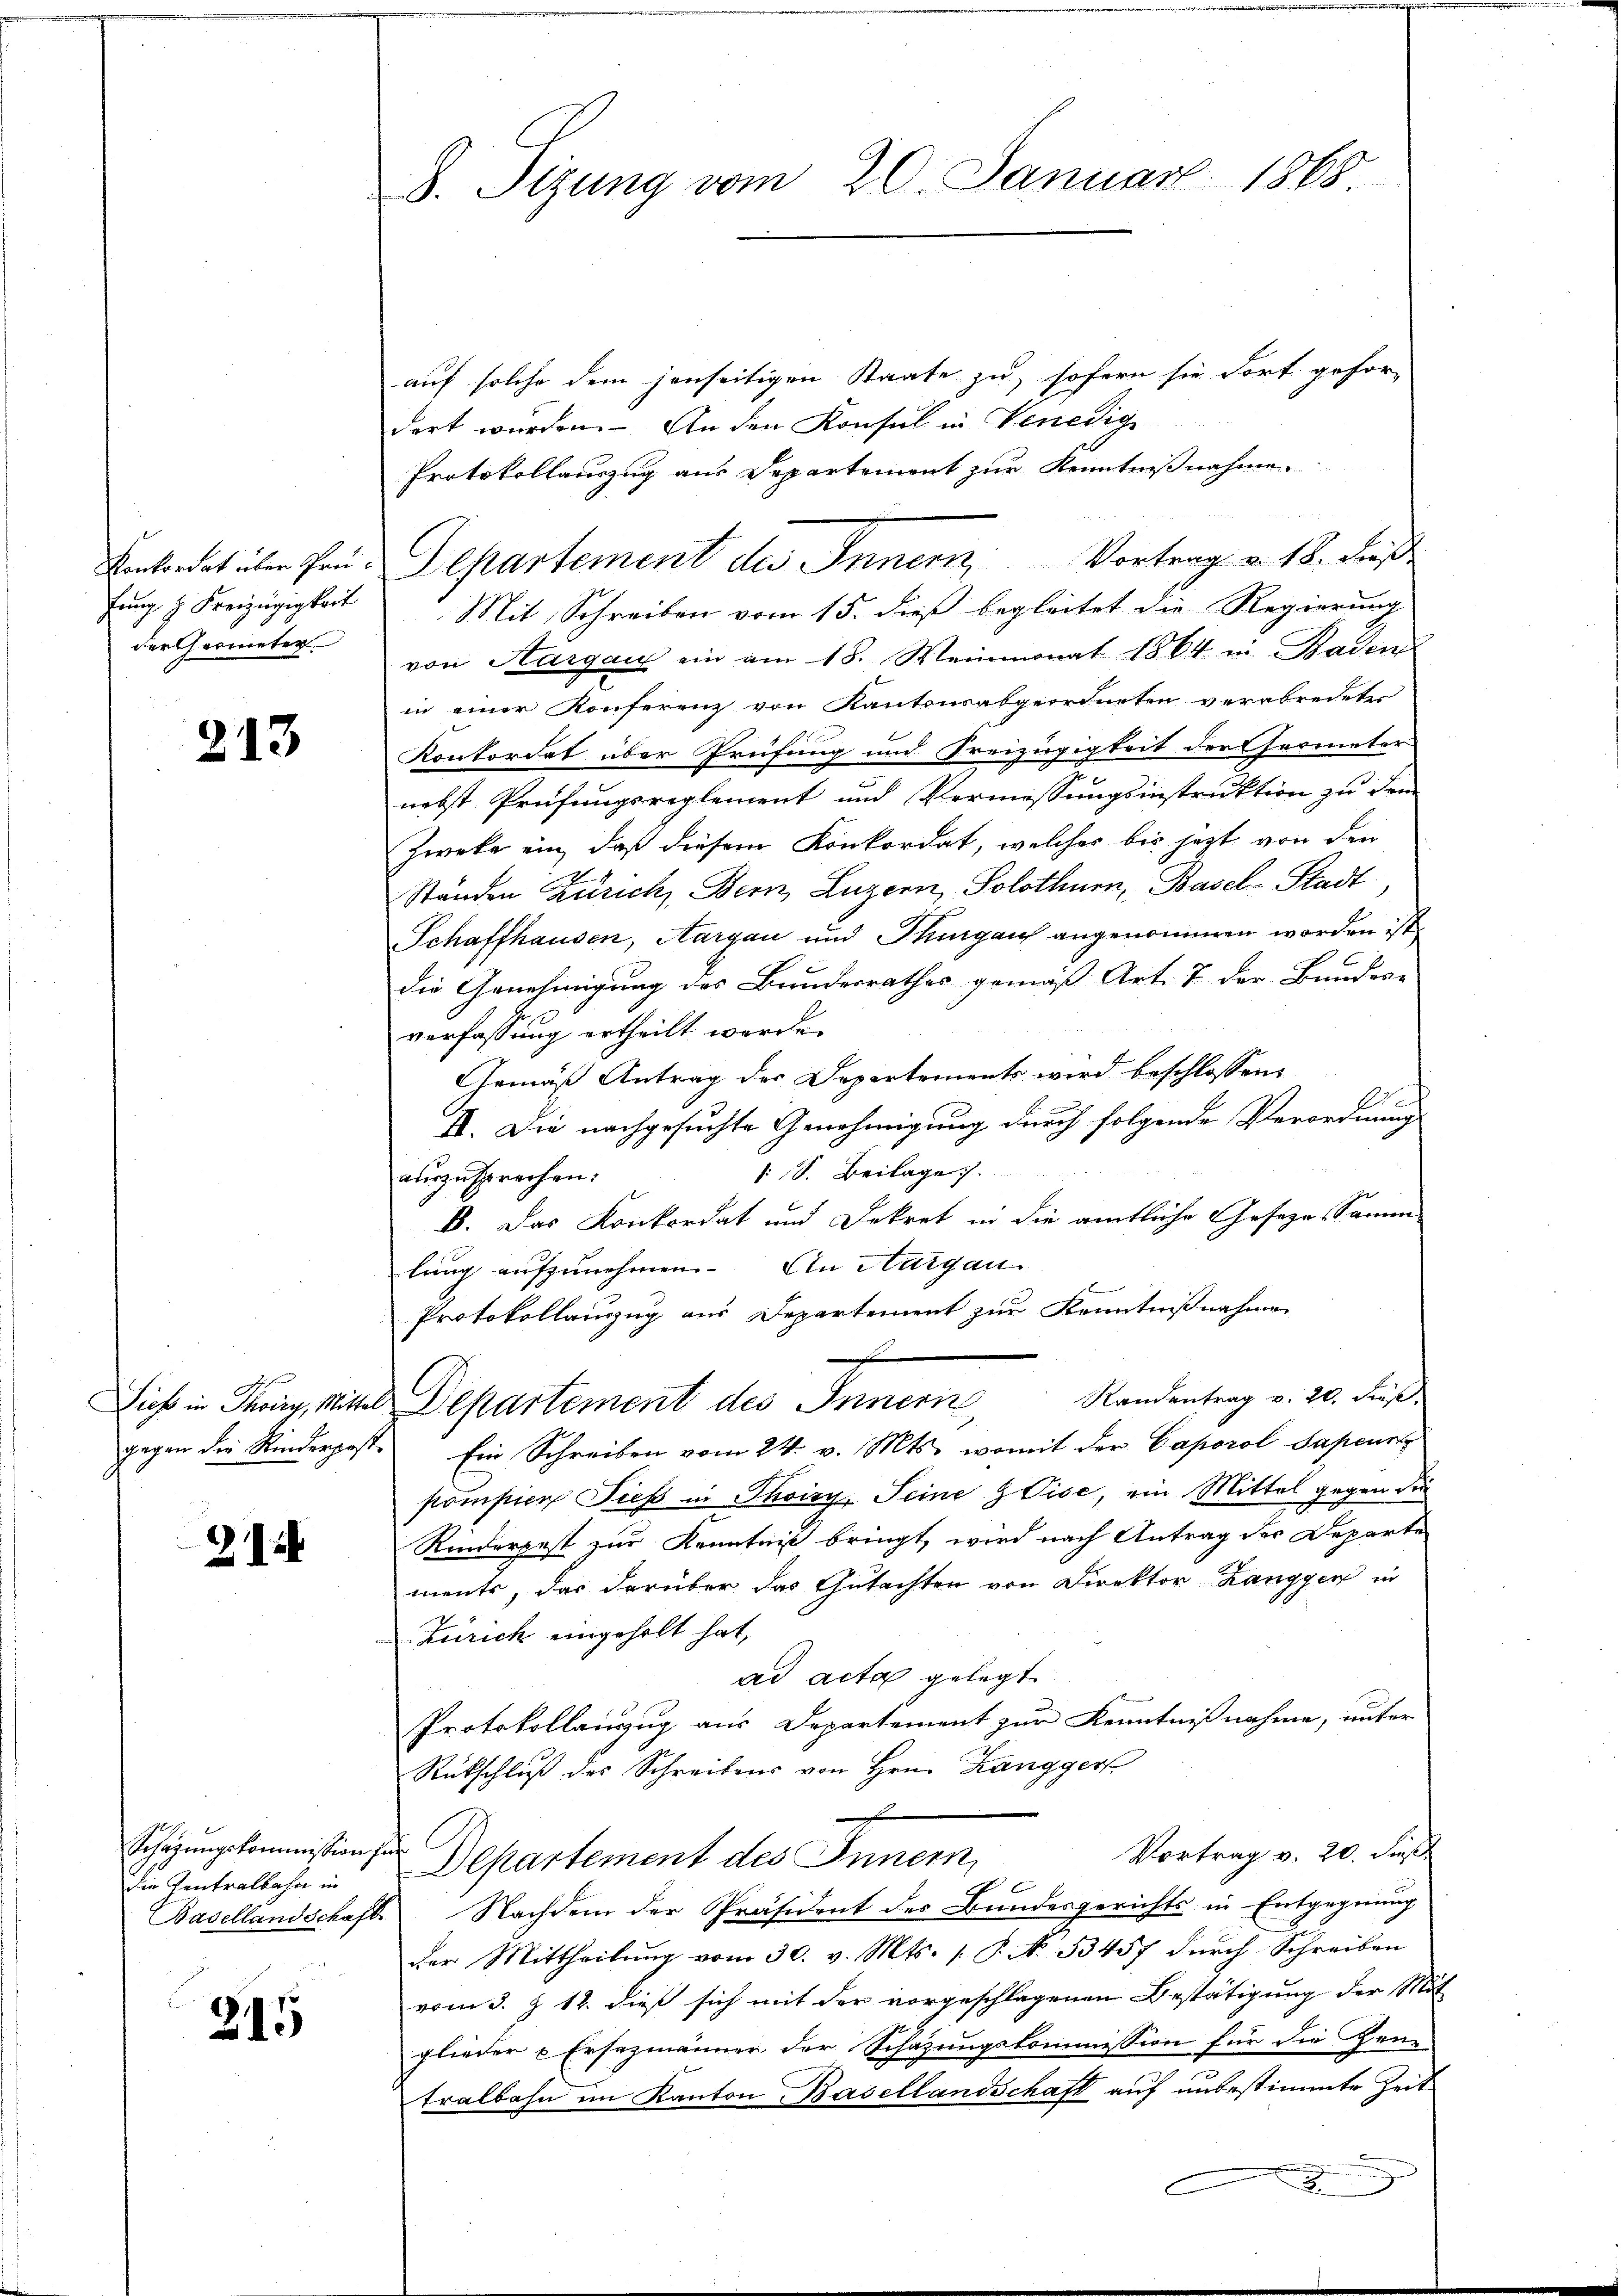
der Geometer

213

21

Schazungskommission zu
die Zentralbahn in

215

auf solche dem jenseitigen Staate zu, sofern sie dort gefor-
dert wurden. An den Konsul in Venedige
Protokollauszug aus Departement zur Kenntnißnahme
fŭng z. Freizügigkeit Mit Schreiben vom 15. dieß begleitet die Regierung
von Aargau ein am 18. Weinmonat 1864 in Baden
in einer Konferenz von Kantonsabgeordneten verabredeter
Konkordat über Prüfung und Freizügigkeit der Hermeter
nebst Prüfungsreglement und Vermessungsinstruktion zu dem
Zwecke ein, daß diesem Konkordat, welches bis jezt von den
Ständen Zürich, Bern, Luzern, Solothurn, Basel-Stadt
Schaffhausen, Aargau und Thurgauf angenommen worden ist,
die Genehmigung des Bundesrathes gemäß Art. 7 der Bundes-
verfassung ertheilt werde.
Gemäß Antrag der Departements wird beschlossen:
.
II. Die nachgesuchte Genehmigung durch folgende Verordnung
1 S. Beilage.
auszusprechen.
B. Das Konkordat und Dekret in die amtliche Gesezes-Samm-
lung aufzunehmen. An Margau.
Protokollanzug aus Departement zur Kenntnißnahmen
i
Randentrag v. 20. dieß.
Dieß in Thoris, Mittel Departement des Innern
gegen die Kinderpost. Ein Schreiben vom 24. v. Mts., womit der Caporol Sapeurt
pompier dieß in Thoiry Seine Vise, ein Mittel gegen die
Rinderpost zur Kenntniß bringt, wird nach Antrag der Departe
ments, das darüber das Gutachten von Direktor Langger in
Zürich eingeholt hat,
ad acta gelegt.
Protokollanzug aus Departement zur Kenntnißnahme, unter
Rückschluß des Schreibens von Hrn. Zangger

Vortrag v. 20. dieß
Departement des Innern,
Basellandschaft. Nachdem der Präsident der Bundesgerichts in Entgegnung
der Mittheilung vom 30. v. Mts. 1. P. No. 53457 durch Schreiben
vom 3. § 12. dieß sich mit der vorgeschlagenen Bestätigung der Mit
glieder u Ersezmänner der Schazungskommission für die Gene
tralbahn im Kanton Basellandschaft auf unbestimmte Zeit
e
C

8. Sitzung vom 20. Januar 1868

Einbredet über Fru-Departement des Innern Vortrag v. 18. dieß